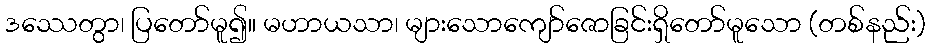
ဒဿေတွာ၊ ပြတော်မူ၍။ မဟာယသာ၊ များသောကျော်ဇောခြင်းရှိတော်မူသော (တစ်နည်း)